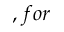
, f o r